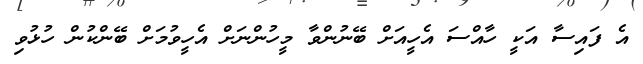
އެ ފައިސާ އަކީ ހާއްސަ އެހީއަށް ބޭނުންވާ މީހުންނަށް އެހީވުމަށް ބޭންކުން ހުޅުވި